Eesti_Ajutise_Maavalitsuse_haridusosakond, lk 41
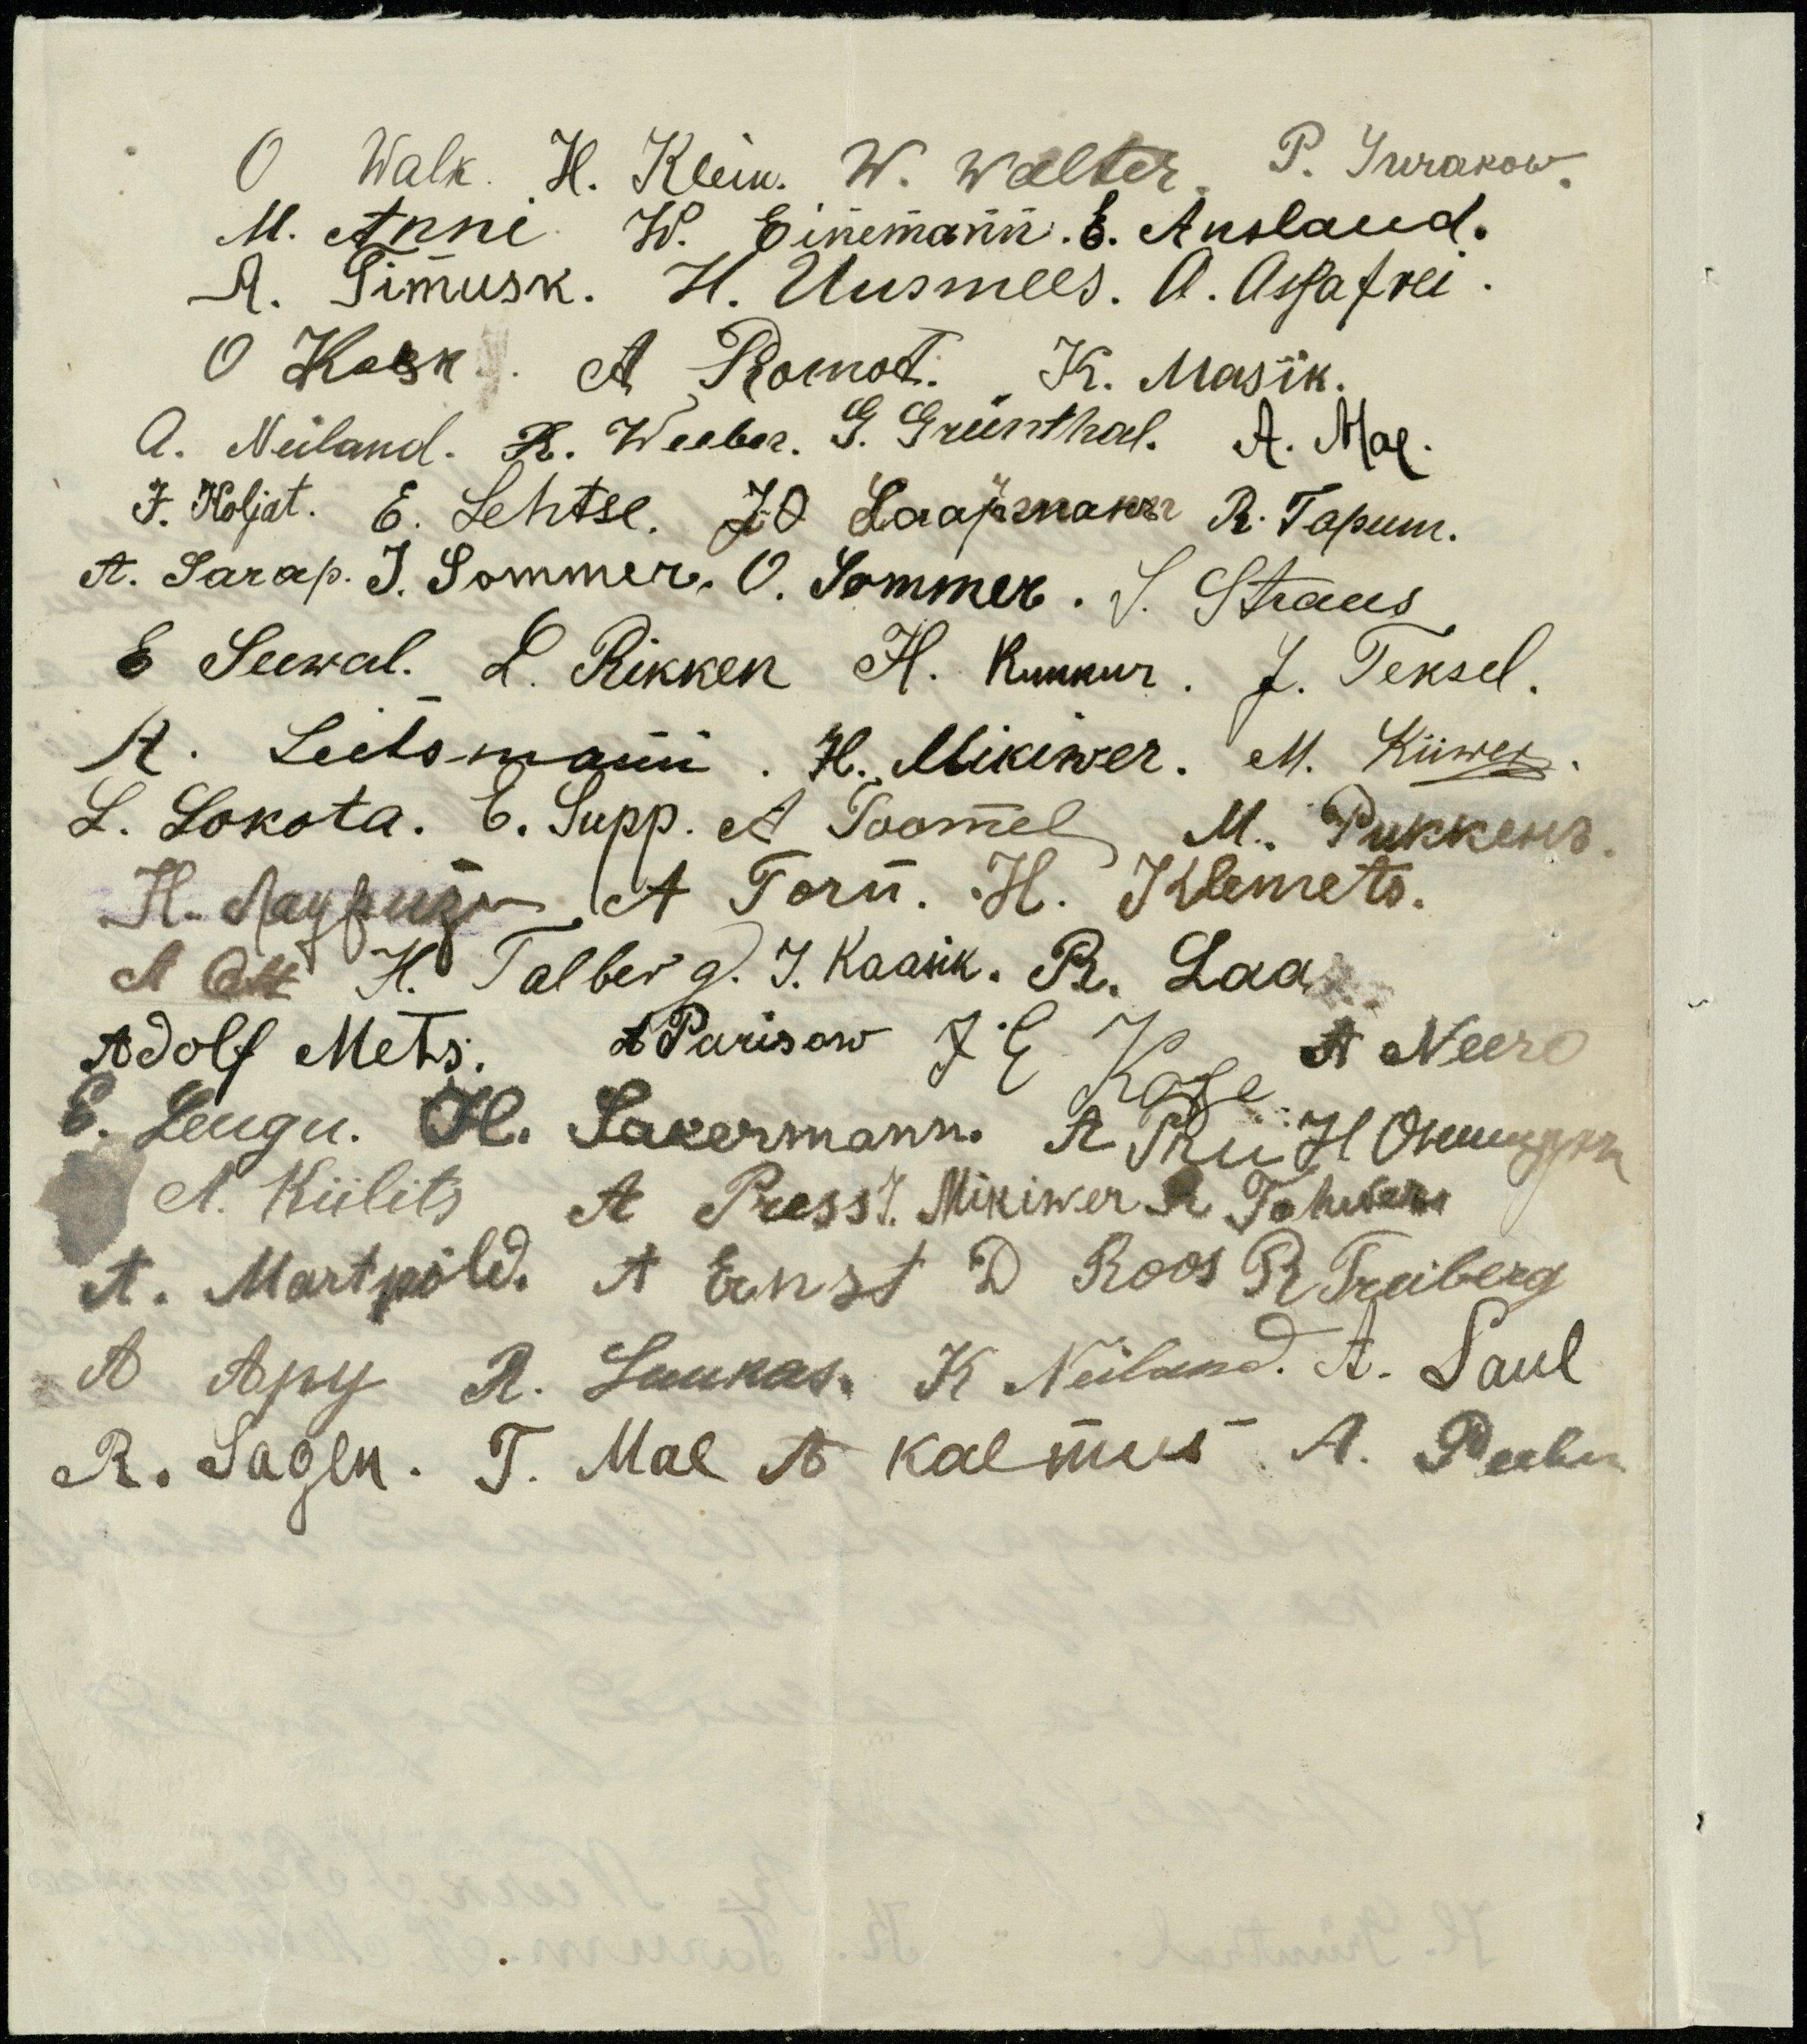
O. Walk. H. Rein. W. Walter P. JUrakow
M. Anni W. Einemann. E. Anslaud.
A. Timusk. H. Uusmees. A. Assafrei.
O Kask. A Romot. K. Masik.
A. Neiland. K. Weeber. G. Grünthal. A. Mae.
J. Koljat. E. Lehtse. J. O. Laarman R. Tapum.
A. Sarap. J. Sommer, O. Sommer, S. Straus
E. Seewal. L. Rikken H. Kukkur. J. Teksel.
R. Leetsmann. H. Mikiwer. M. Kiiwer.
L. Lokota. E. Supp. A Soomel M. Pukkens.
H. Seppusu, A. Torn. H. Klemets.
A Ots H. Talberg. J. Kaasik. R. Laar.
Adolf Mets. A Parsow J E. J p. A. Neero
E. Leugu. H. Sakermann A. R. H. Okuurson
A. Kiilits, A. Press J Mikiwer R. Tohwer
A. Martpõld. A Ernst D Roos R. Treiberg
A. Aру. R. Luukas K. Neiland A. Saul
R. Sagen. T. Mae A Kalmus A. Peebu